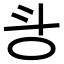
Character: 㪳